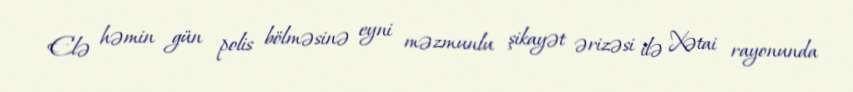
Elə həmin gün polis bölməsinə eyni məzmunlu şikayət ərizəsi ilə Xətai rayonunda